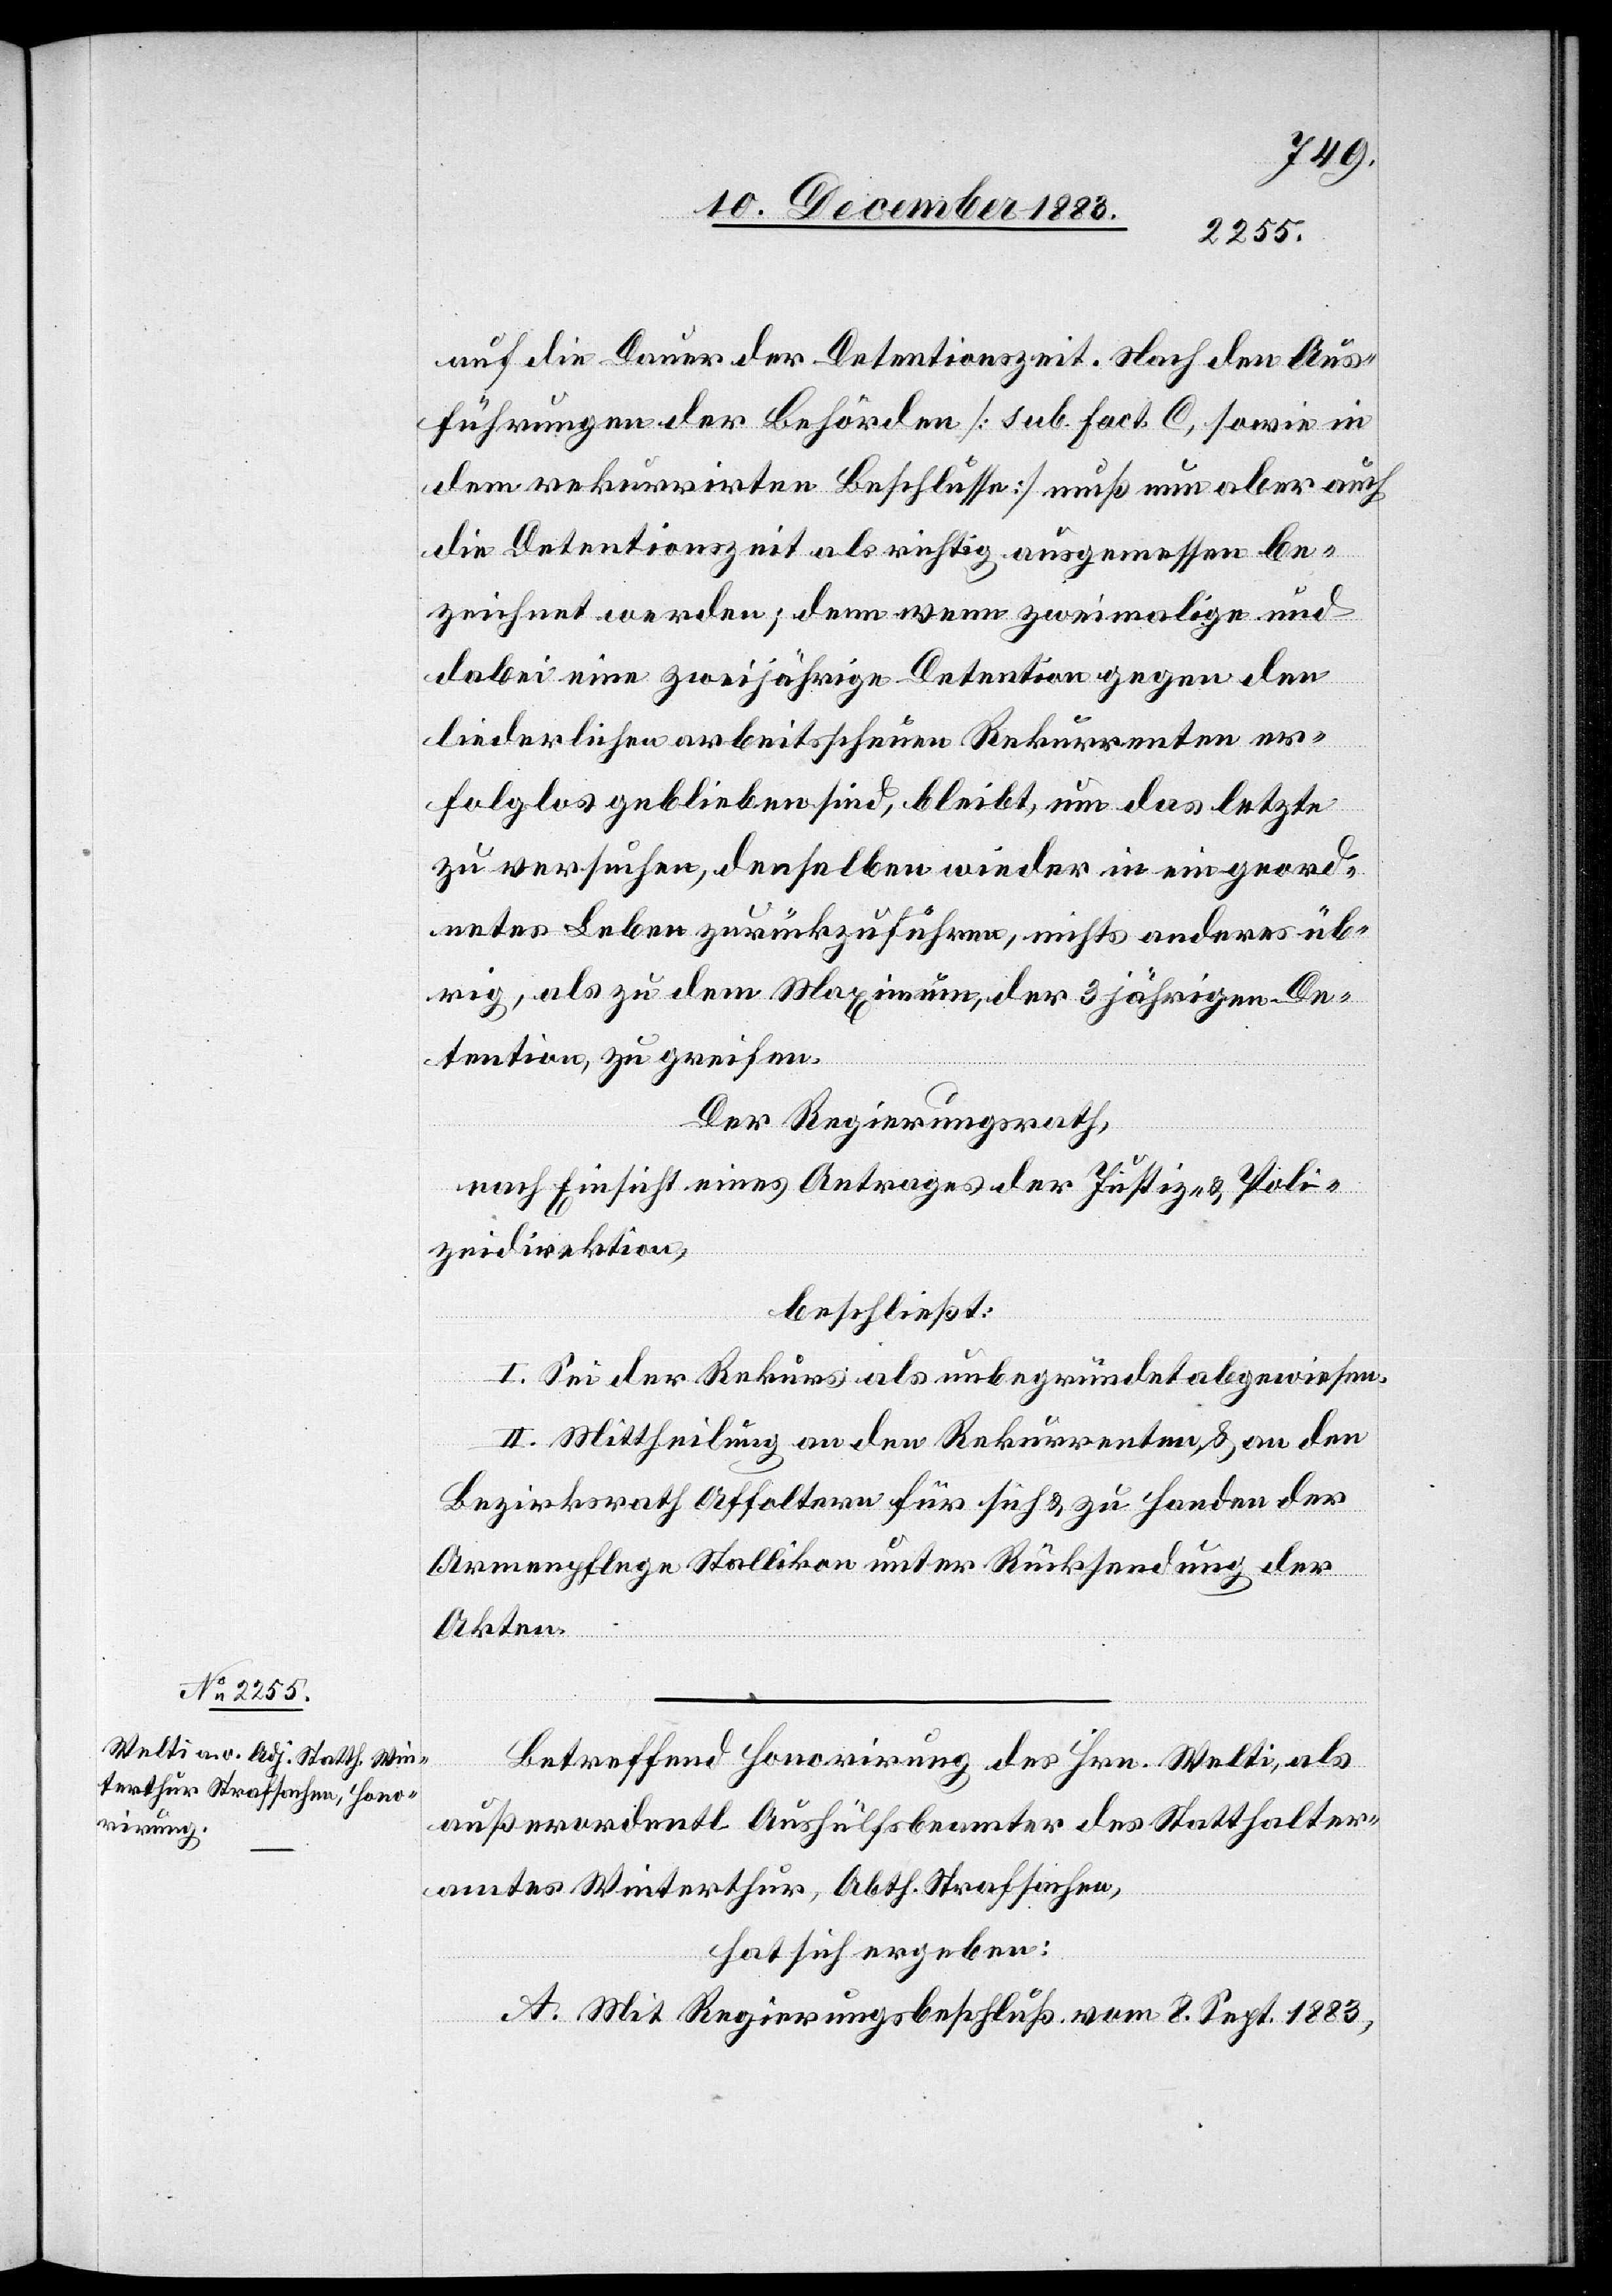
auf die Dauer der Detentionszeit. Nach den Aus¬
führungen der Behörden [sub. Fact. C, sowie in
dem rekurrirten Beschlusse] muß nun aber auch
die Detentionszeit als richtig ausgemessen be¬
zeichnet werden; denn wenn zweimalige und
dabei eine zweijährige Detention gegen den
liederlichen arbeitsscheuen Rekurrenten er¬
folglos geblieben sind, bleibt, um das letzte
zu versuchen, denselben wieder in ein geord¬
netes Leben zurückzuführen, nichts anderes üb¬
rig, als zu dem Maximum, der 3 jährigen De¬
tention, zu greifen.
Der Regierungsrath,
nach Einsicht eines Antrages der Justiz- & Poli¬
zeidirektion,
beschließt:
I. Sei der Rekurs als unbegründet abgewiesen.
II. Mittheilung an den Rekurrenten & an den
Bezirksrath Affoltern für sich & zu Handen der
Armenpflege Stallikon unter Rücksendung der
Akten.
Betreffend Honorirung des Hrn. Welti, als
außerordentl. Aushülfsbeamter des Statthalter¬
amtes Winterthur, Abth. Strafsachen,
hat sich ergeben:
A. Mit Regierungsbeschluß vom 8. Sept. 1883,